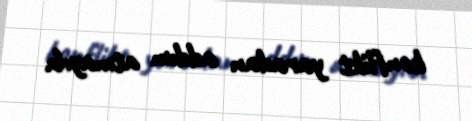
konflikt yaradan addım atmayıb.